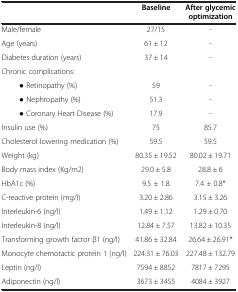
<table><thead><tr><td><b> </b></td><td><b>Baseline</b></td><td><b>After glycemic optimization</b></td></tr></thead><tbody><tr><td>Male/female</td><td>27/15</td><td>-</td></tr><tr><td>Age (years)</td><td>61 ± 12</td><td>-</td></tr><tr><td>Diabetes duration (years)</td><td>37 ± 14</td><td>-</td></tr><tr><td>Chronic complications:</td><td> </td><td> </td></tr><tr><td>● Retinopathy (%)</td><td>59</td><td>-</td></tr><tr><td>● Nephropathy (%)</td><td>51.3</td><td>-</td></tr><tr><td>● Coronary Heart Disease (%)</td><td>17.9</td><td>-</td></tr><tr><td>Insulin use (%)</td><td>75</td><td>85.7</td></tr><tr><td>Cholesterol lowering medication (%)</td><td>59.5</td><td>59.5</td></tr><tr><td>Weight (kg)</td><td>80.35 ± 19.52</td><td>80.02 ± 19.71</td></tr><tr><td>Body mass index (Kg/m2)</td><td>29.0 ± 5.8</td><td>28.8 ± 6</td></tr><tr><td>HbA1c (%)</td><td>9.5 ± 1.8</td><td>7.4 ± 0.8*</td></tr><tr><td>C-reactive protein (mg/l)</td><td>3.20 ± 2.86</td><td>3.15 ± 3.26</td></tr><tr><td>Interleukin-6 (ng/l)</td><td>1.49 ± 1.12</td><td>1.29 ± 0.70</td></tr><tr><td>Interleukin-8 (ng/l)</td><td>12.84 ± 7.57</td><td>13.82 ± 10.35</td></tr><tr><td>Transforming growth factor β1 (ng/l)</td><td>41.86 ± 32.84</td><td>26.64 ± 26.91*</td></tr><tr><td>Monocyte chemotactic protein 1 (ng/l)</td><td>224.31 ± 76.03</td><td>227.48 ± 132.79</td></tr><tr><td>Leptin (ng/l)</td><td>7594 ± 8852</td><td>7817 ± 7295</td></tr><tr><td>Adiponectin (ng/l)</td><td>3673 ± 3455</td><td>4084 ± 3927</td></tr></tbody></table>